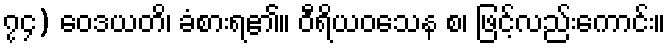
၇၄) ဝေဒယတိ၊ ခံစားရ၏။ ဝီရိယဝသေန စ၊ ဖြင့်လည်းကောင်း။